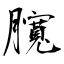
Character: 臗